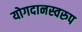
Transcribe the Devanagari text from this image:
योगदानस्वरुप